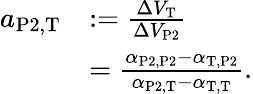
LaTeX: \begin{array}{rl}{a_{\mathrm{P2},\mathrm{T}}}&{:=\frac{\Delta V_{\mathrm{T}}}{\Delta V_{\mathrm{P2}}}}\\ &{=\frac{\alpha_{\mathrm{P2},\mathrm{P2}}-\alpha_{\mathrm{T},\mathrm{P2}}}{\alpha_{\mathrm{P2},\mathrm{T}}-\alpha_{\mathrm{T},\mathrm{T}}}.}\end{array}